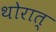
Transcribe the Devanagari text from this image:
थोरात्